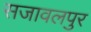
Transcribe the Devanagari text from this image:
सजावलपुर